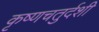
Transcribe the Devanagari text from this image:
कृष्णचतुर्दशी